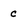
Character: c